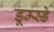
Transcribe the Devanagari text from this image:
डूम्स्डे